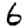
Digit: 6